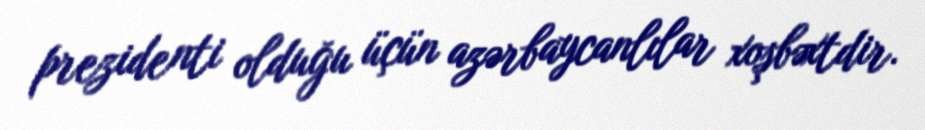
prezidenti olduğu üçün azərbaycanlılar xoşbəxtdir.